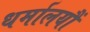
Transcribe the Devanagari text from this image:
धर्मालयौं